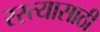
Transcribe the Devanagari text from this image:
रस्त्यासाठी